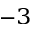
^ { - 3 }